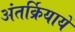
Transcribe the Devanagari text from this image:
अंतर्क्रियायें